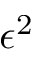
\epsilon ^ { 2 }